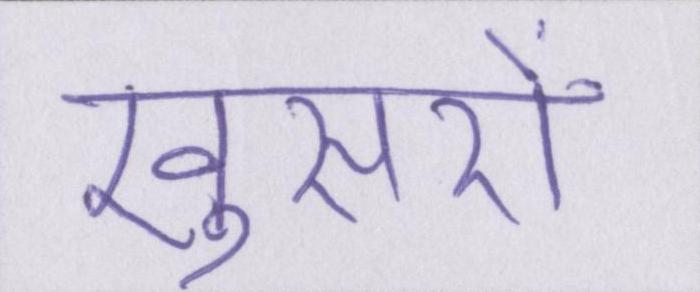
खुसरों